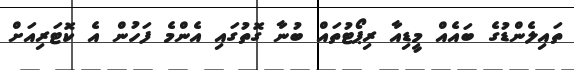
ތައިލެންޑުގެ ބައެއް މީޑިއާ ރިޕޯޓުތައް ބުނާ ގޮތުގައި އެންމެ ފަހުން އެ ކޮޓަރިއަށް